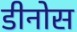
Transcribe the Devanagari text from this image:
डीनोस